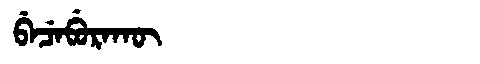
Manchu: ᠪᡝᠴᡝᠪᡠᡵᠠᡴᡡ
Romanization: BECEBURAKŪ